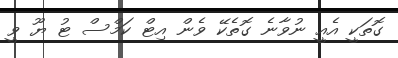
ގޮތަކީ އެއީ ނުވާނެ ގޮތެކޭ ވެން އިޓް ކަމްސް ޓު ޔޫ ވީ